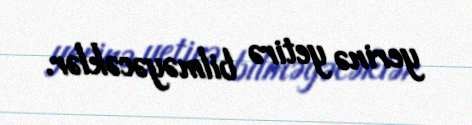
yerinə yetirə bilməyəcəklər.